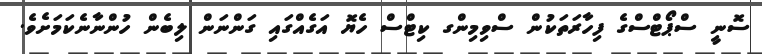
ސޮނީ ސްޕޯޓްސްގެ ފިހާރަތަކުން ސްވިމިންގ ކިޓްސް ހެޔޮ އަގެއްގައި ގަންނަން ލިބެން ހުންނާނެކަމަށެވެ.